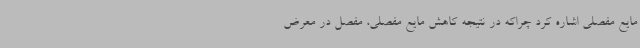
مایع مفصلی اشاره کرد چراکه در نتیجه کاهش مایع مفصلی، مفصل در معرض